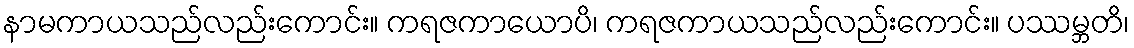
နာမကာယသည်လည်းကောင်း။ ကရဇကာယောပိ၊ ကရဇကာယသည်လည်းကောင်း။ ပဿမ္ဘတိ၊